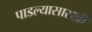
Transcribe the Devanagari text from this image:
पाडल्यासारखी